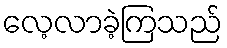
လေ့လာခဲ့ကြသည်